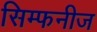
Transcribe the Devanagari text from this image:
सिम्फनीज